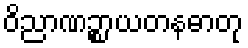
ဝိညာဏဉ္စာယတနဓာတု